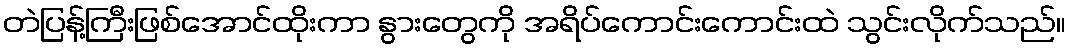
တဲပြန့်ကြီးဖြစ်အောင်ထိုးကာ နွားတွေကို အရိပ်ကောင်းကောင်းထဲ သွင်းလိုက်သည်။